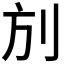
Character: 𠛍